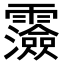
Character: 𩆯